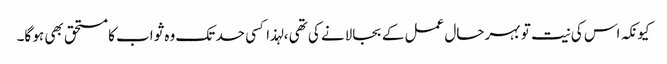
کیونکہ اس کی نیت تو بہر حال عمل کے بجالانے کی تھی ، لہذا کسی حد تک وہ ثواب کا مستحق بھی ہو گا۔